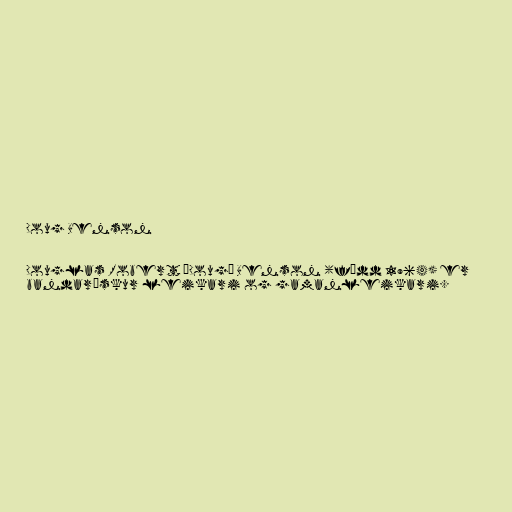
Doug Benson

Douglas Robert „Doug“ Benson (fædd 1964) er
bandarískur leikari og gamanleikari.